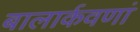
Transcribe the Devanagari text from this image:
बालार्कवणां